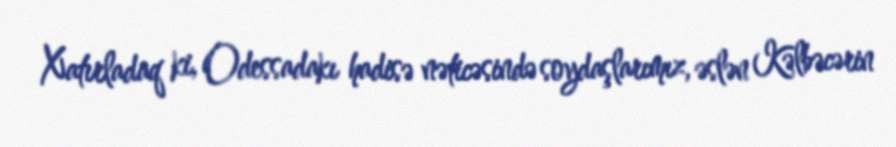
Xatırladaq ki, Odessadakı hadisə nəticəsində soydaşlarımız, əslən Kəlbəcərin